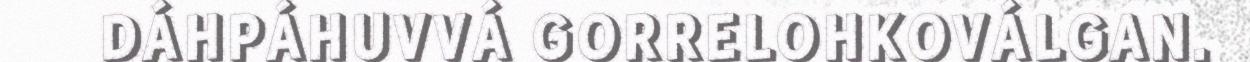
DÁHPÁHUVVÁ GORRELOHKOVÁLGAN.